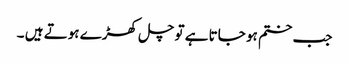
جب ختم ہو جاتا ہے تو چل کھڑے ہوتے ہیں ۔